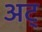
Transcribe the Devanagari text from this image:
अट्